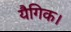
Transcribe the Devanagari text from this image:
यैगिक।